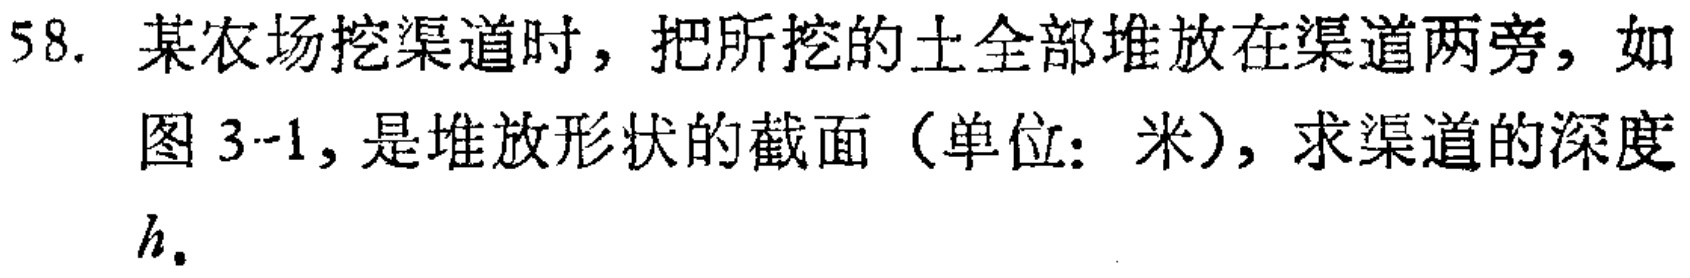
58. 某农场挖渠道时，把所挖的土全部堆放在渠道两旁，如图 3-1，是堆放形状的截面（单位：米），求渠道的深度
\(h\)。